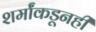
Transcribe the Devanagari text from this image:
शर्मांकडूनही